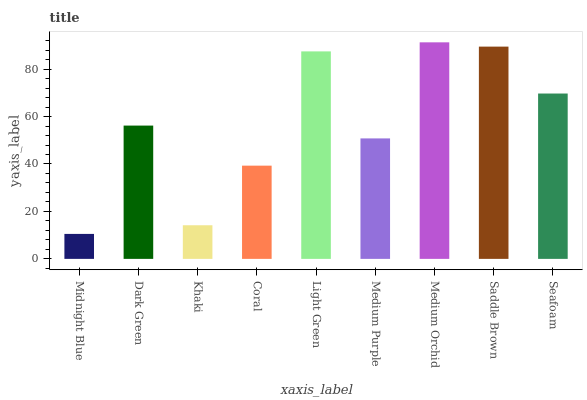
| xaxis_label | bars |
 | --- | --- |
 | Midnight Blue | 10.5 |
 | Dark Green | 56.2 |
 | Khaki | 14.2 |
 | Coral | 39.3 |
 | Light Green | 87.5 |
 | Medium Purple | 50.8 |
 | Medium Orchid | 91.3 |
 | Saddle Brown | 89.5 |
 | Seafoam | 69.7 |